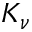
K _ { \nu }